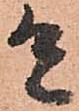
有